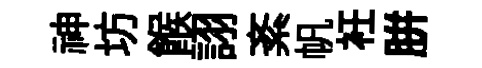
神坊餱詡紊帆衽胼